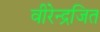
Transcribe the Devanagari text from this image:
वीरेन्द्रजित